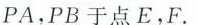
PA，PB于点E，F.